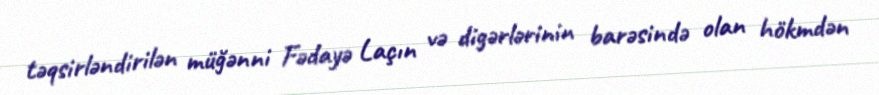
təqsirləndirilən müğənni Fədayə Laçın və digərlərinin barəsində olan hökmdən